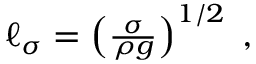
\begin{array} { r } { \ell _ { \sigma } = \left( \frac { \sigma } { \rho g } \right) ^ { 1 / 2 } \; , } \end{array}